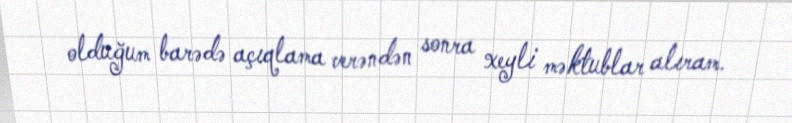
olduğum barədə açıqlama verəndən sonra xeyli məktublar alıram.